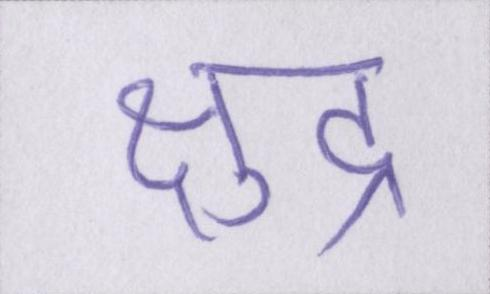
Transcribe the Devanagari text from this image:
क्षुद्र